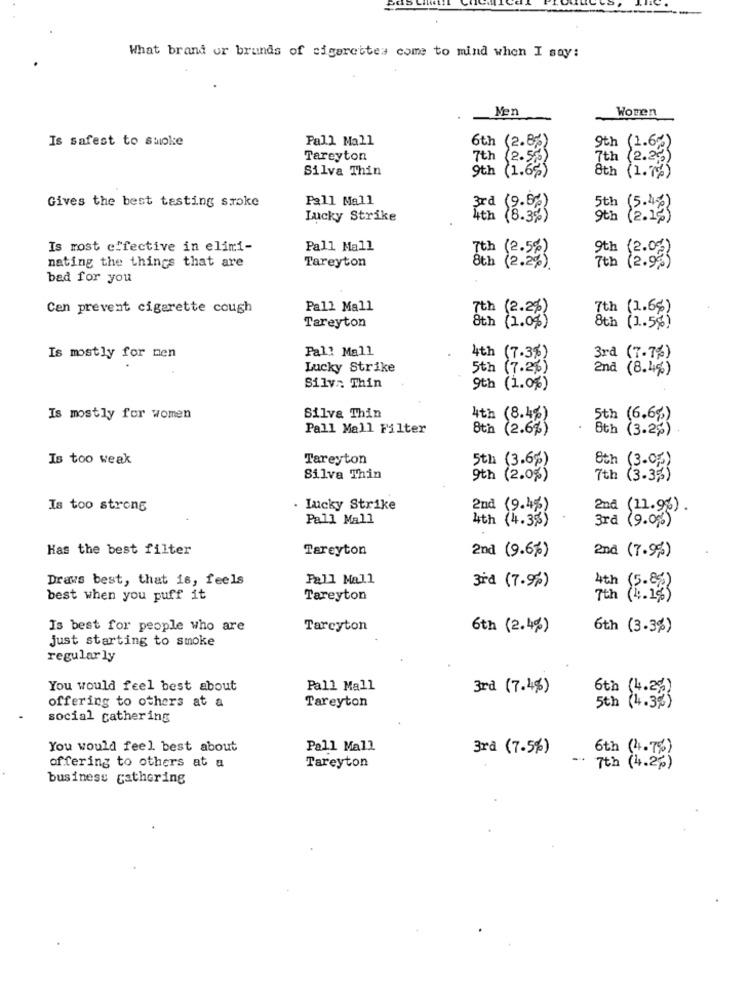
What brand or brands of cigarettes come to mind when I say:
Men
Women
Is safest to smoke
Pall Mall
6th (2.82)
9th (1.62)
Tareyton
7th (2.5%)
7th (2.2)
Silva Thin
9th (1.6%)
8th (1.7%)
Gives the best tasting smoke
Pall Mall
Lucky Strike
4th (8.3%)
9th
Is most effective in elimi-
Pall Mall
Tareyton
7th (2.5%)
9th (2.0%)
nating the things that are
8th (2.2%).
bad for you
Can prevent cigarette cough
Pall Mall
7th (2.2%)
7th (1.6%)
Tareyton
8th (1.0%)
8th (1.5%)
Pall Mall
Is mostly for men
4th (7.3%)
3rd (7-7%)
Lucky Strike
5th (7.2%)
2na (8. 4%)
Silva Thin
9th (1.0%)
Is mostly for women
Silva Thin
4th (8.4%)
5th (6.6%)
Pall Mall Filter
8th (2.6%)
8th (3.2%)
Is too weak
Tareyton
5th (3.6%)
8th (3.02)
Silva Thin
9th (2.0%)
7th (3.3%)
Is too strong
. Lucky Strike
2nd (9.4%)
2nd (11.9%) .
Pall Mall
4th (4.3%)
3ra (9.0%)
Has the best filter
Tareyton
2nd (9.6%)
2nd (7.9%)
Draws best, that is, feels
Pall Mall
3rd (7.9% )
4th (5-80 )
best when you puff it
Tareyton
Is best for people who are
Tarcyton
6th (2.4%)
6th (3-3%)
just starting to smoke
regularly
You would feel best about
Pall Mall
3rd (7.4%)
6th (4.2%)
offering to others at a
Tareyton
5th (4.3%)
social gathering
You would feel best about
Pall Mall
3rd (7.5%)
offering to others at a
-
6th (4.7%)
Tareyton
7th (4.2% )
business gathering